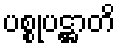
ပစ္စုပဋ္ဌာတိ